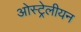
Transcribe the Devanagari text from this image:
ओस्ट्रेलीयन